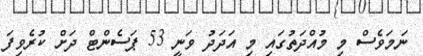
ނަމަވެސް މި މުއްދަތުގައި މި އަދަދު ވަނީ 53 ޕަަސެންޓް ދަށް ކުރެވިފަ